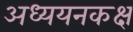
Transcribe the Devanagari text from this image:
अध्ययनकक्ष